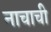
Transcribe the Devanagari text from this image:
नाचाची